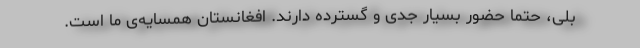
بلی، حتما حضور بسیار جدی و گسترده دارند. افغانستان همسایه‌ی ما است.